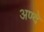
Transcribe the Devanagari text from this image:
अण्दे